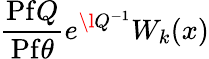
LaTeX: \frac{\mathrm{Pf}Q}{\mathrm{Pf}\theta}e^{\l Q^{-1}}W_{k}(x)